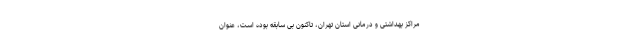
مراکز بهداشتی و درمانی استان تهران، تاکنون بی سابقه بوده است، عنوان